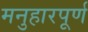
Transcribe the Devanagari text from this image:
मनुहारपूर्ण